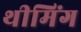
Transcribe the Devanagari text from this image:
थीमिंग